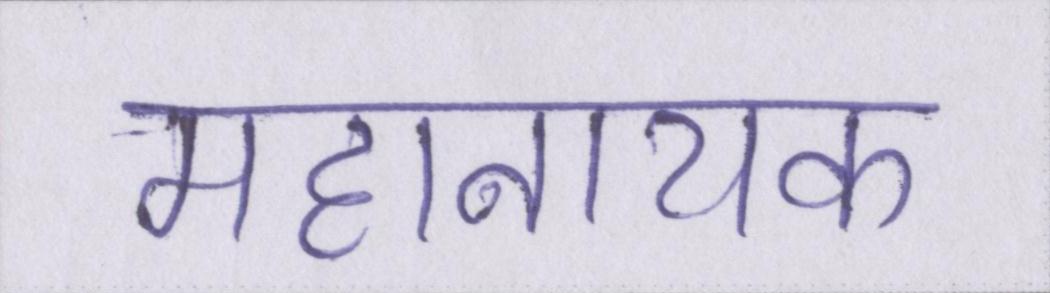
महानायक